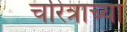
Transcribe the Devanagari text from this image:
चरित्राच्या